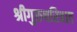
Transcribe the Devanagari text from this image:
श्रीगुरुचरित्रात